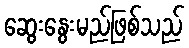
ဆွေးနွေးမည်ဖြစ်သည်